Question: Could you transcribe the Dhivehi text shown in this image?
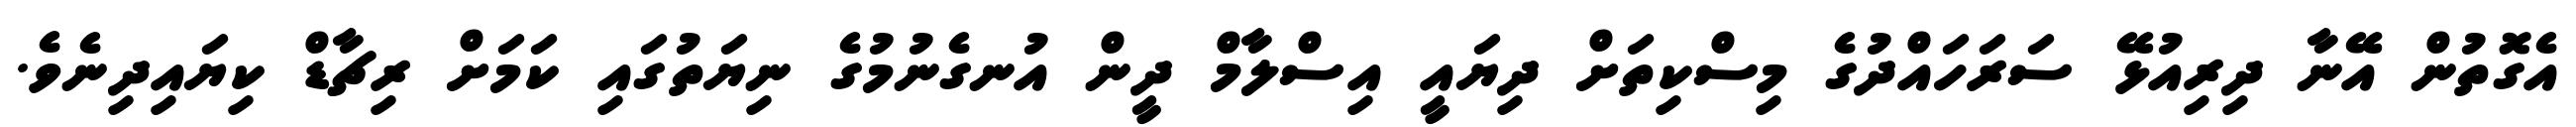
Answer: އެގޮތުން އޭނާ ދިރިއުޅޭ ސަރަހައްދުގެ މިސްކިތަށް ދިޔައީ އިސްލާމް ދީން އުނގެނުމުގެ ނިޔަތުގައި ކަމަށް ރިޗާޑް ކިޔައިދިނެވެ.